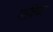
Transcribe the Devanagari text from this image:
पाचिका